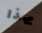
بهذا